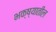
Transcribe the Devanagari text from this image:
भक्ष्यातील